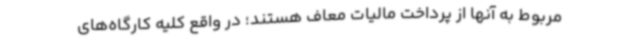
مربوط به آنها از پرداخت مالیات معاف هستند؛ در واقع کلیه کارگاه‌های